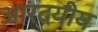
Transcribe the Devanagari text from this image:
आरदयीय